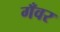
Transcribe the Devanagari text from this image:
गँवर